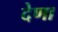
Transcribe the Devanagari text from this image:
देणा